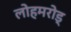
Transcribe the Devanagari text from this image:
लोहमरोड्